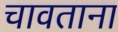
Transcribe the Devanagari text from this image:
चावताना